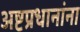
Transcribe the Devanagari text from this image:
अष्टप्रधानांना